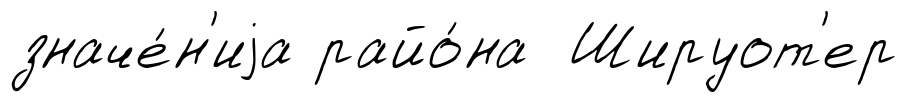
значе́н'иjа райо́на Шируот'ер